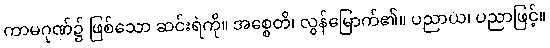
ကာမဂုဏ်၌ ဖြစ်သော ဆင်းရဲကို။ အစ္စေတိ၊ လွန်မြောက်၏။ ပညာယ၊ ပညာဖြင့်။